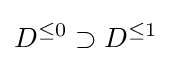
D^{\leq 0}\supset D^{\leq 1}